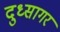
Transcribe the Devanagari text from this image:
दुध्सागर